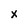
Character: x